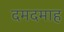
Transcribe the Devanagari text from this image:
दमदमाह